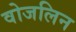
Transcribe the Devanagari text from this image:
वोजलिन